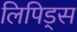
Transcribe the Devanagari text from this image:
लिपिड्स